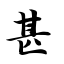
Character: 甚